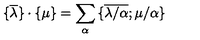
{ \{ } \overline { { \lambda } } { \} } \cdot { \{ } { \mu } { \} } = \sum _ { \alpha } { \{ } \overline { { \lambda / \alpha } } ; { \mu / \alpha } { \} }